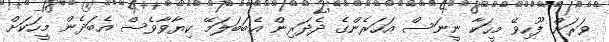
ވަރަށް ފޫހިވޭ މީހަކާ ނީނަސް އަހަރެންގެ ދެދަރިން އެބަބަލަމޭ ކިޔާވާވެސް އެބަދެން މީހަކަށް